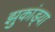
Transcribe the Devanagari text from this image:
झुकांड्या